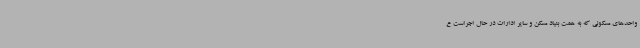
واحدهای مسکونی که به همت بنیاد مسکن و سایر ادارات در حال اجراست ع